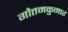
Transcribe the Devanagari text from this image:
गौतमकुमार